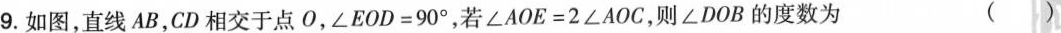
9.如图，直线AB，CD相交于点O，$$ ∠E O D=9 0 ° $$，若$$ ∠A O E=2 ∠A O C $$，则∠DOB的度数为 ( )